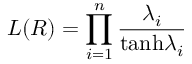
L ( R ) = \prod _ { i = 1 } ^ { n } { \frac { \lambda _ { i } } { \mathrm { t a n h } \lambda _ { i } } }